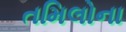
તમિલોના